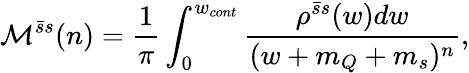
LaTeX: {\cal M}^{\bar{s}s}(n)=\frac{1}{\pi}\int_{0}^{w_{cont}}\frac{\rho^{\bar{s}s}(w)dw}{(w+m_{Q}+m_{s})^{n}},